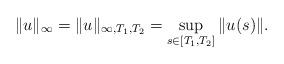
LaTeX: \begin{align*}\|u\|_{\infty}=\|u\|_{\infty,T_1,T_2}=\sup_{s\in[T_1,T_2]}\|u(s)\|. \end{align*}